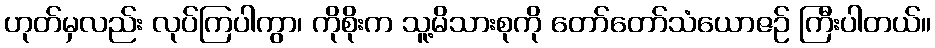
ဟုတ်မှလည်း လုပ်ကြပါကွာ၊ ကိုစိုးက သူ့မိသားစုကို တော်တော်သံယောဇဉ် ကြီးပါတယ်။